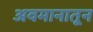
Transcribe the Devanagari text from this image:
अवमानातून